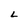
Character: L